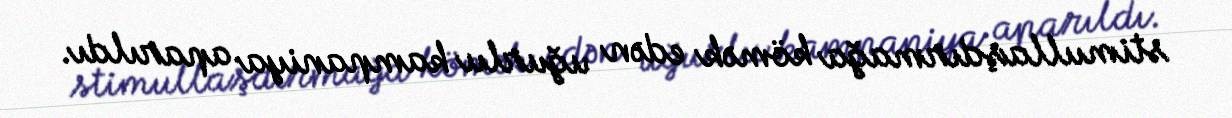
stimullaşdırmağa kömək edən uğurlu kampaniya aparıldı.